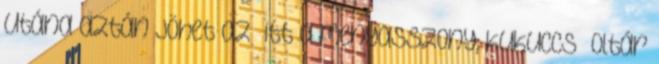
Utána aztán jöhet az „itt a menyasszony, kukuccs” Oltár